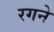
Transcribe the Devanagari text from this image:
रगने